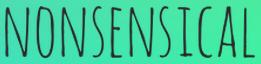
NONSENSICAL